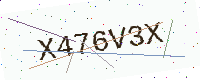
Text: X476V3X